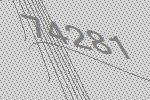
74281